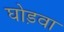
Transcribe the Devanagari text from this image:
घोड़वा